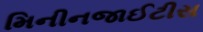
મિનીનજાઈટીસ